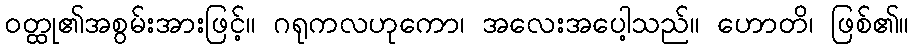
ဝတ္ထု၏အစွမ်းအားဖြင့်။ ဂရုကလဟုကော၊ အလေးအပေါ့သည်။ ဟောတိ၊ ဖြစ်၏။